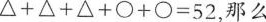
$$\triangle + \triangle + \triangle + \bigcirc + \bigcirc = 5 2$$，那么